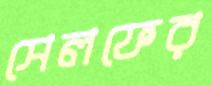
সেলফের